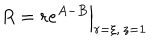
R = r e ^ { A - B } \Big | _ { r = \xi , \, z = 1 }